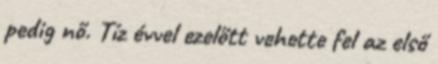
pedig nő. Tíz évvel ezelőtt vehette fel az első